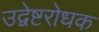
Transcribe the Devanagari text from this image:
उद्वेष्टरोधक